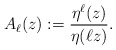
\begin{align*}A_{\ell} (z):= \frac{\eta^\ell (z)}{\eta( \ell z)}.\end{align*}